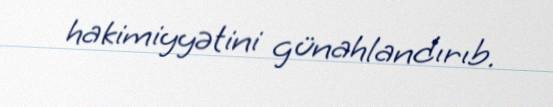
hakimiyyətini günahlandırıb.